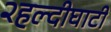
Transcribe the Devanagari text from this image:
२हल्दीघाटी